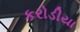
કરોડીયા